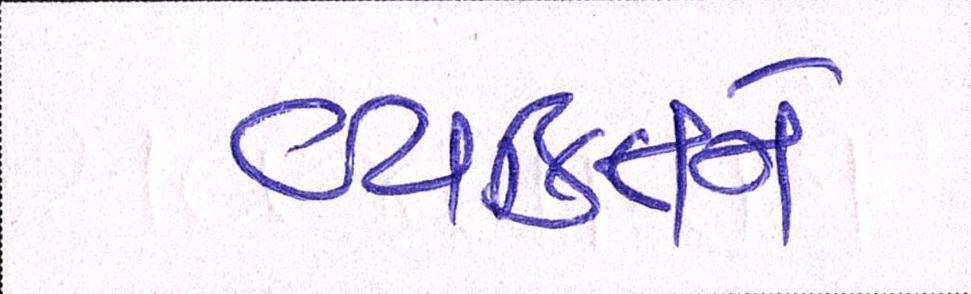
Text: વ્યકિતને